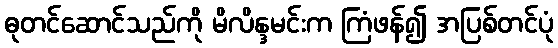
ဓုတင်ဆောင်သည်ကို မိလိန္ဒမင်းက ကြံဖန်၍ အပြစ်တင်ပုံ